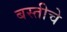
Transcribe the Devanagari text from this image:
बस्तीचे